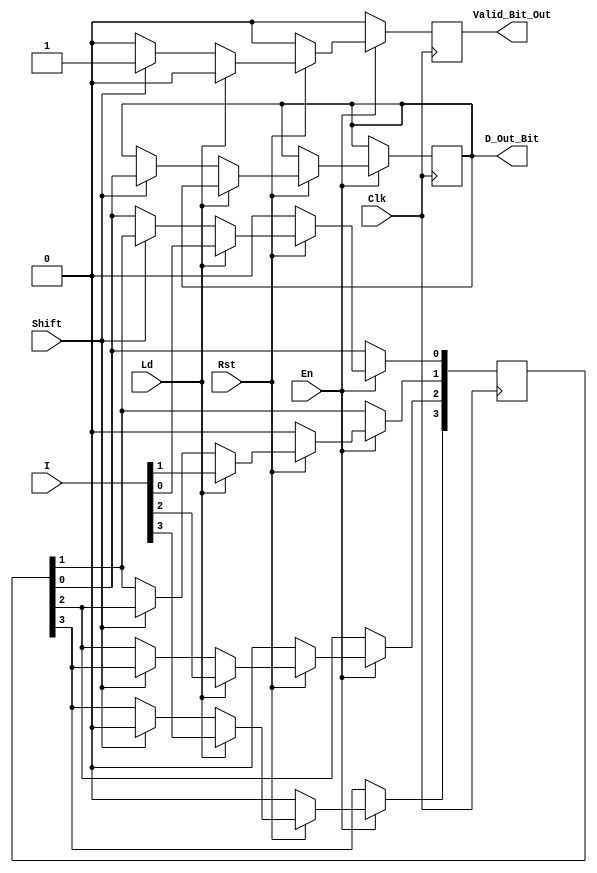
// ECE 6370
`timescale 1ns/10ps
module MyShiftRegister(En, I, D_Out_Bit, Valid_Bit_Out, Shift, Ld, Clk, Rst);
input [3:0] I;
output Valid_Bit_Out, D_Out_Bit;
reg Valid_Bit_Out, D_Out_Bit;
input Shift, Ld, En;
input Clk, Rst;

reg [3:0] R;

always @(posedge Clk)
begin
if(En == 1)
begin
if(Rst == 0)
begin
R <= 4'b0000;
Valid_Bit_Out <= 1'b0;
end
else if(Ld == 1)
begin
R <= I;
Valid_Bit_Out <= 1'b0;
end
else if(Shift == 1)
begin
R[3] <= 1'b0;
R[2] <= R[3];
R[1] <= R[2];
R[0] <= R[1];
D_Out_Bit <= R[0];
Valid_Bit_Out <= 1'b1;
end
else
begin
Valid_Bit_Out <= 1'b0;
end
end
else
begin
Valid_Bit_Out <= 1'b0;
end
end

endmodule